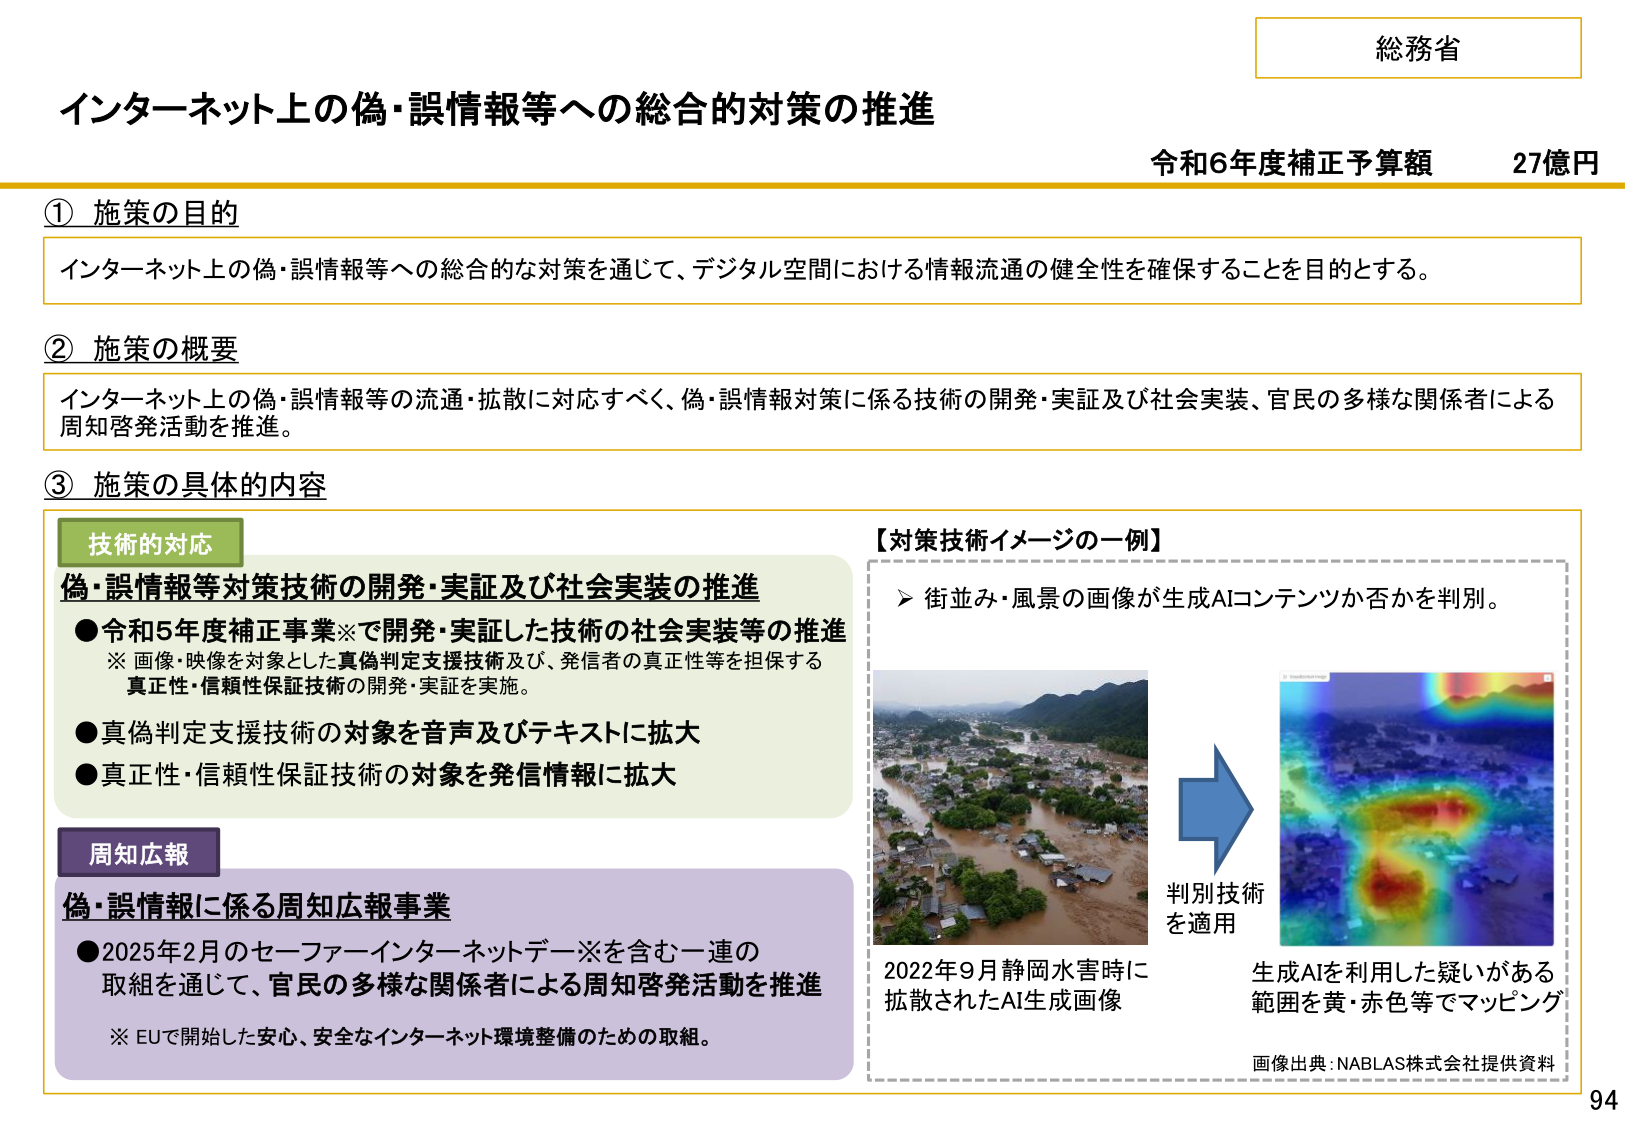
総務省
インターネット上の偽・誤情報等への総合的対策の推進
令和6年度補正予算額 27億円

① 施策の目的
インターネット上の偽・誤情報等への総合的な対策を通じて、デジタル空間における情報流通の健全性を確保することを目的とする。

② 施策の概要
インターネット上の偽・誤情報等の流通・拡散に対応すべく、偽・誤情報対策に係る技術の開発・実証及び社会実装、官民の多様な関係者による周知啓発活動を推進。

③ 施策の具体的な内容

技術的対応
偽・誤情報等対策技術の開発・実証及び社会実装の推進
●令和5年度補正事業※で開発・実証した技術の社会実装等の推進
※ 画像・映像を対象とした真偽判定支援技術及び、発信者の真正性等を担保する真正性・信頼性保証技術の開発・実証を実施。
●真偽判定支援技術の対象を音声及びテキストに拡大
●真正性・信頼性保証技術の対象を発信情報に拡大

周知広報
偽・誤情報に係る周知広報事業
●2025年2月のセーファーインターネットデー※を含む一連の取組を通じて、官民の多様な関係者による周知啓発活動を推進
※ EUで開始した安心、安全なインターネット環境整備のための取組。

【対策技術イメージの一例】
▶ 街並み・風景の画像が生成AIコンテンツか否かを判別。

2022年9月静岡水害時に拡散されたAI生成画像
判別技術を適用
生成AIを利用した疑いがある範囲を黄・赤色等でマッピング
画像出典：NABLAS株式会社提供資料

94